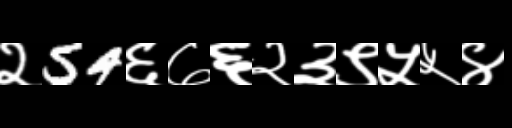
Text: २54६७६२३९५५४